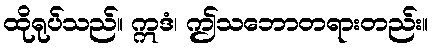
ထိုရုပ်သည်။ ဣဒံ၊ ဤသဘောတရားတည်း။